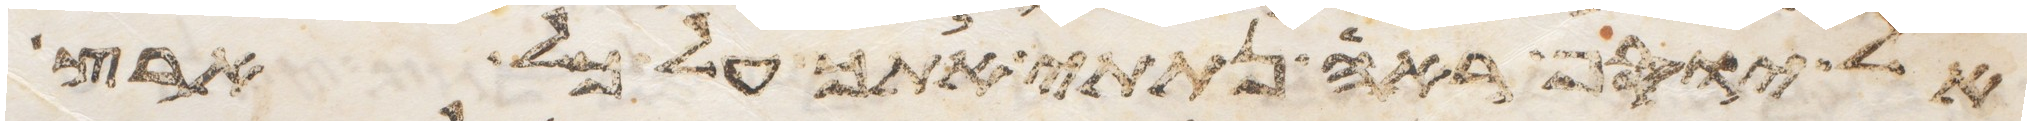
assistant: אל יוסף ראה נתתי אתך על כל ארץ